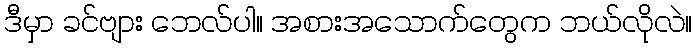
ဒီမှာ ခင်ဗျား ဘေလ်ပါ။ အစားအသောက်တွေက ဘယ်လိုလဲ။